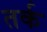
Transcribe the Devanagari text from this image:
तर्क